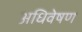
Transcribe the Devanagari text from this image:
अधिवेषण